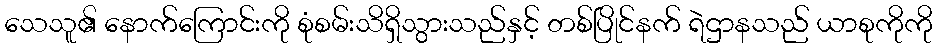
သေသူ၏ နောက်ကြောင်းကို စုံစမ်းသိရှိသွားသည်နှင့် တစ်ပြိုင်နက် ရဲဌာနသည် ယာစုကိုကို